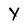
Character: Y